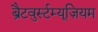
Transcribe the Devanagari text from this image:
ब्रैटवुर्स्टम्यूज़ियम